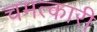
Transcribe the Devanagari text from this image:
चमत्‍कारी